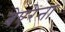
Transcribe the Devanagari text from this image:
बेएरेना